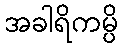
အခါရိကမ္ပိ